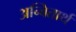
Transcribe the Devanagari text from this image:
अन्वितार्थ